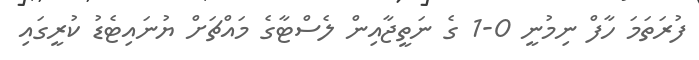
ފުރަތަމަ ހާފް ނިމުނީ 0-1 ގެ ނަތީޖާއިން ލެސްޓާގެ މައްޗަށް ޔުނައިޓެޑު ކުރީގައި